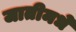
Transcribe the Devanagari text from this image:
जातीमधे